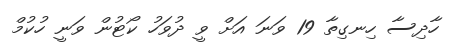
ހާދިސާ ހިނގިތާ 19 ވަނަ އަށް ވީ ދުވަހު ކޯޓުން ވަނީ ހުކުމް